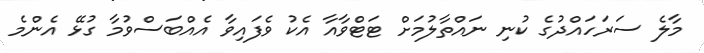
މާލެ ސަރަހައްދުގެ ކުނި ނައްތާލުމަށް ޓަޓްވާއާ އެކު ވެފައިވާ އެއްބަސްވުމާ ގުޅޭ އެންމެ